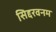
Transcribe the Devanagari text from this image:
सिद्दरवनम